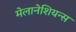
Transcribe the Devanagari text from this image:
मेलानेशियन्स